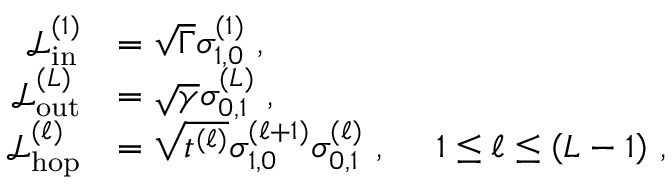
\begin{array} { r l } { \mathcal { L } _ { \mathrm { i n } } ^ { ( 1 ) } } & { = \sqrt { \Gamma } \sigma _ { 1 , 0 } ^ { ( 1 ) } \, \, , } \\ { \mathcal { L } _ { \mathrm { o u t } } ^ { ( L ) } } & { = \sqrt { \gamma } \sigma _ { 0 , 1 } ^ { ( L ) } \, \, , } \\ { \mathcal { L } _ { \mathrm { h o p } } ^ { ( \ell ) } } & { = \sqrt { t ^ { ( \ell ) } } \sigma _ { 1 , 0 } ^ { ( \ell + 1 ) } \sigma _ { 0 , 1 } ^ { ( \ell ) } \, \, , \ \ \ \ 1 \le \ell \le \left( L - 1 \right) \, , } \end{array}